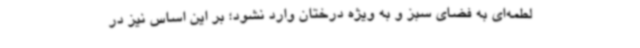
لطمه‌ای به فضای سبز و به ویژه درختان وارد نشود؛ بر این اساس نیز در